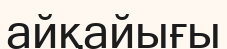
айқайығы